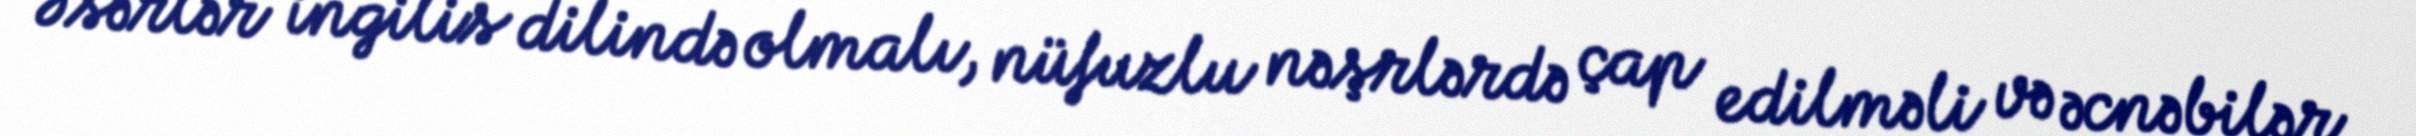
Əsərlər ingilis dilində olmalı, nüfuzlu nəşrlərdə çap edilməli və əcnəbilər